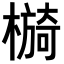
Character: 𣚂